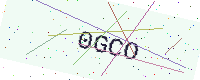
Text: 0GCO